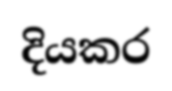
දියකර